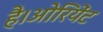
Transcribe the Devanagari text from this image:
है।ओरियेंट